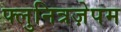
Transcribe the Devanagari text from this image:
फ्लुनित्रज़ेपम